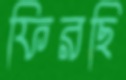
ফিরছি